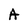
Character: A